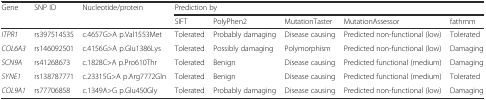
<table><thead><tr><td rowspan="2"><b>Gene</b></td><td rowspan="2"><b>SNP ID</b></td><td rowspan="2"><b>Nucleotide/protein</b></td><td colspan="5"><b>Prediction by</b></td></tr><tr><td><b>SIFT</b></td><td><b>PolyPhen2</b></td><td><b>MutationTaster</b></td><td><b>MutationAssessor</b></td><td><b>fathmm</b></td></tr></thead><tbody><tr><td><i>ITPR1</i></td><td>rs397514535</td><td>c.4657G&gt;A p.Val1553Met</td><td>Tolerated</td><td>Probably damaging</td><td>Disease causing</td><td>Predicted non-functional (low)</td><td>Tolerated</td></tr><tr><td><i>COL6A3</i></td><td>rs146092501</td><td>c.4156G&gt;A p.Glu1386Lys</td><td>Tolerated</td><td>Possibly damaging</td><td>Polymorphism</td><td>Predicted non-functional (low)</td><td>Damaging</td></tr><tr><td><i>SCN9A</i></td><td>rs41268673</td><td>c.1828C&gt;A p.Pro610Thr</td><td>Tolerated</td><td>Benign</td><td>Disease causing</td><td>Predicted functional (medium)</td><td>Damaging</td></tr><tr><td><i>SYNE1</i></td><td>rs138787771</td><td>c.23315G&gt;A p.Arg7772Gln</td><td>Tolerated</td><td>Benign</td><td>Disease causing</td><td>Predicted functional (medium)</td><td>Tolerated</td></tr><tr><td><i>COL9A1</i></td><td>rs77706858</td><td>c.1349A&gt;G p.Glu450Gly</td><td>Tolerated</td><td>Probably damaging</td><td>Disease causing</td><td>Predicted non-functional (low)</td><td>Damaging</td></tr></tbody></table>